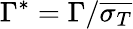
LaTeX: \Gamma^{*}=\Gamma/\overline{{\sigma_{T}}}